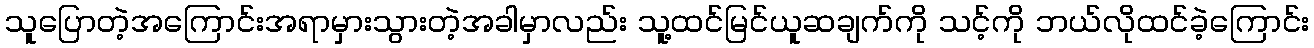
သူပြောတဲ့အကြောင်းအရာမှားသွားတဲ့အခါမှာလည်း သူ့ထင်မြင်ယူဆချက်ကို သင့်ကို ဘယ်လိုထင်ခဲ့ကြောင်း